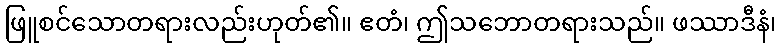
ဖြူစင်သောတရားလည်းဟုတ်၏။ ဧတံ၊ ဤသဘောတရားသည်။ ဖဿာဒီနံ၊